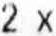
2 X